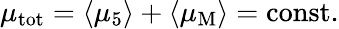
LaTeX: \mu_{\mathrm{tot}}=\langle\mu_{5}\rangle+\langle\mu_{\mathrm{M}}\rangle=\mathrm{const}{}.